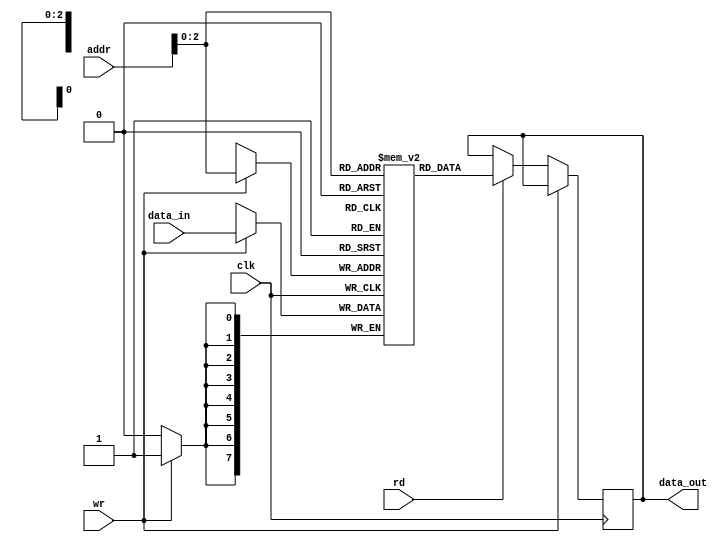
module addr_mem(addr,clk,wr,rd,data_in,data_out);
    localparam D = 8;
    localparam A = 5;
    input wire [A-1:0]addr;
    input wire clk;
    input wire wr;
    input wire rd;
    
    input wire [D-1:0]data_in;
    output reg [D-1:0]data_out;

    reg[D-1:0]mem[A-1:0];

   always @(posedge clk) begin
        
            if (wr) begin
                mem[addr] <= data_in; 
            end
            else if (rd) 
                data_out <= mem[addr];     
        end 
        
endmodule